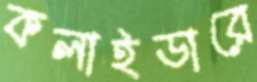
কলাইডারে